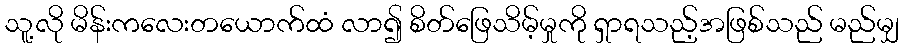
သူ့လို မိန်းကလေးတယောက်ထံ လာ၍ စိတ်ဖြေသိမ့်မှုကို ရှာရသည့်အဖြစ်သည် မည်မျှ